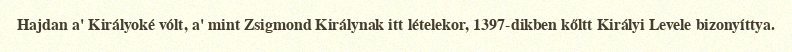
Hajdan a' Királyoké vólt, a' mint Zsigmond Királynak itt lételekor, 1397-dikben kőltt Királyi Levele bizonyíttya.